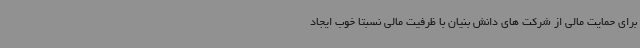
برای حمایت مالی از شرکت های دانش بنیان با ظرفیت مالی نسبتا خوب ایجاد